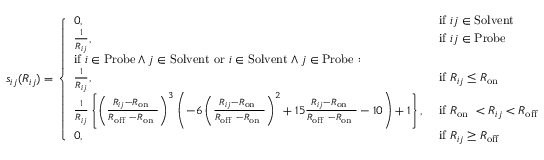
s _ { i j } ( R _ { i j } ) = \left\{ \begin{array} { l l } { 0 , } & { \mathrm { ~ i f ~ } i j \in \mathrm { S o l v e n t } } \\ { \frac { 1 } { R _ { i j } } , } & { \mathrm { ~ i f ~ } i j \in \mathrm { P r o b e } } \\ { \mathrm { i f } ~ i \in \mathrm { P r o b e } \wedge j \in \mathrm { S o l v e n t } \mathrm { ~ o r ~ } i \in \mathrm { S o l v e n t } \wedge j \in \mathrm { P r o b e } \mathrm { ~ : ~ } } & \\ { \frac { 1 } { R _ { i j } } , } & { \mathrm { ~ i f ~ } R _ { i j } \leq R _ { \mathrm { o n ~ } } } \\ { \frac { 1 } { R _ { i j } } \left\{ \left( \frac { R _ { i j } - R _ { \mathrm { o n ~ } } } { R _ { \mathrm { o f f ~ } } - R _ { \mathrm { o n ~ } } } \right) ^ { 3 } \left( - 6 \left( \frac { R _ { i j } - R _ { \mathrm { o n ~ } } } { R _ { \mathrm { o f f ~ } } - R _ { \mathrm { o n ~ } } } \right) ^ { 2 } + 1 5 \frac { R _ { i j } - R _ { \mathrm { o n ~ } } } { R _ { \mathrm { o f f ~ } } - R _ { \mathrm { o n ~ } } } - 1 0 \right) + 1 \right\} , } & { \mathrm { ~ i f ~ } R _ { \mathrm { o n ~ } } < R _ { i j } < R _ { \mathrm { o f f } } } \\ { 0 , \ } & { \mathrm { ~ i f ~ } R _ { i j } \geq R _ { \mathrm { o f f } } } \end{array} \right.